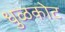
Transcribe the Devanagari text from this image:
धुळकोट